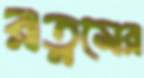
রত্নমের